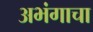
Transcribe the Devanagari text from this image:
अभंगाचा